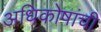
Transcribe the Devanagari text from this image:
अधिकोषांची